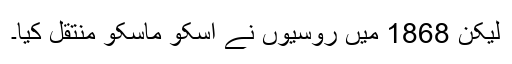
لیکن 1868 میں روسیوں نے اسکو ماسکو منتقل کیا۔